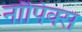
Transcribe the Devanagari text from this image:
नॉपिक्स